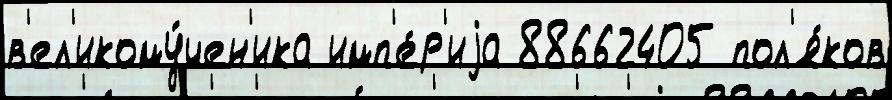
в'ел'икому́чен'ика имп'е́р'иjа 88662405 пол'я́ков